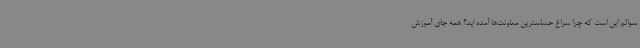
سوالم این است که چرا سراغ حساسترین معاونت‌ها آمده اید؟ همه جای آموزش